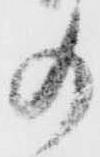
の